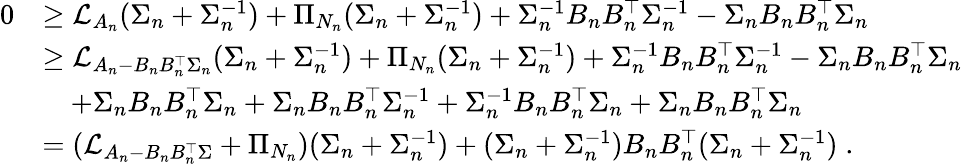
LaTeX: \begin{array}{rl}{0}&{\ge\mathcal L_{A_{n}}(\Sigma_{n}+\Sigma_{n}^{-1})+\Pi_{N_{n}}(\Sigma_{n}+\Sigma_{n}^{-1})+\Sigma_{n}^{-1}B_{n}B_{n}^{\top}\Sigma_{n}^{-1}-\Sigma_{n}B_{n}B_{n}^{\top}\Sigma_{n}}\\ &{\ge\mathcal L_{A_{n}-B_{n}B_{n}^{\top}\Sigma_{n}}(\Sigma_{n}+\Sigma_{n}^{-1})+\Pi_{N_{n}}(\Sigma_{n}+\Sigma_{n}^{-1})+\Sigma_{n}^{-1}B_{n}B_{n}^{\top}\Sigma_{n}^{-1}-\Sigma_{n}B_{n}B_{n}^{\top}\Sigma_{n}}\\ &{\quad+\Sigma_{n}B_{n}B_{n}^{\top}\Sigma_{n}+\Sigma_{n}B_{n}B_{n}^{\top}\Sigma_{n}^{-1}+\Sigma_{n}^{-1}B_{n}B_{n}^{\top}\Sigma_{n}+\Sigma_{n}B_{n}B_{n}^{\top}\Sigma_{n}}\\ &{=(\mathcal{L}_{A_{n}-B_{n}B_{n}^{\top}\Sigma}+\Pi_{N_{n}})(\Sigma_{n}+\Sigma_{n}^{-1})+(\Sigma_{n}+\Sigma_{n}^{-1})B_{n}B_{n}^{\top}(\Sigma_{n}+\Sigma_{n}^{-1})\; .}\end{array}